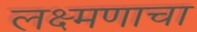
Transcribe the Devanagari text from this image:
लक्ष्मणाचा